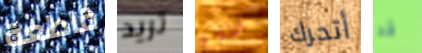
قاطعة تريد اطلاع أتحرك قد